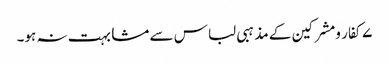
۷کفار ومشرکین کے مذہبی لباس سے مشابہت نہ ہو۔